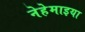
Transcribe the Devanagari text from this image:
नेहेमाइया